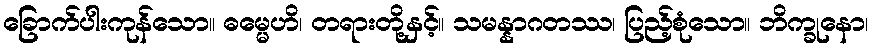
ခြောက်ပါးကုန်သော။ ဓမ္မေဟိ၊ တရားတို့နှင့်။ သမန္နာဂတဿ၊ ပြည့်စုံသော။ ဘိက္ခုနော၊